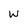
Character: w